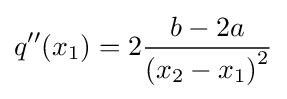
q''(x_{1})=2{\frac {b-2a}{{(x_{2}-x_{1})}^{2}}}